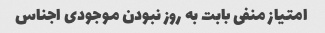
امتیاز منفی بابت به روز نبودن موجودی اجناس